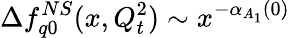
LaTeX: \Delta f_{q0}^{NS}(x,Q_{t}^{2})\sim x^{-\alpha_{A_{1}}(0)}